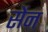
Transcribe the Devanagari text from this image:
सेंन